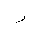
Letter: _zay